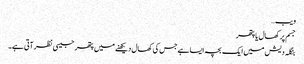
ویب…
جسم پر کھال یا پتھر
بنگلہ دیش میں ایک بچہ ایسا ہے جس کی کھال دیکھنے میں پتھر جیسی نظر آتی ہے۔